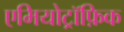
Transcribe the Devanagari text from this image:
एमियोट्रॉफ़िक